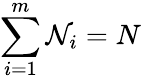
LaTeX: \sum_{i=1}^{m}\mathcal{N}_{i}=N